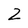
Character: 2